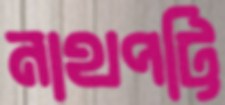
নাথপট্টি